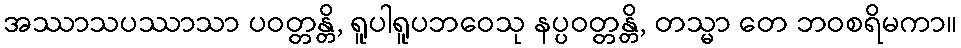
အဿာသပဿာသာ ပဝတ္တန္တိ, ရူပါရူပဘဝေသု နပ္ပဝတ္တန္တိ, တသ္မာ တေ ဘဝစရိမကာ။